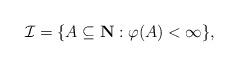
LaTeX: \begin{align*}\mathcal{I}=\{A\subseteq \mathbf{N}: \varphi(A)<\infty\},\end{align*}